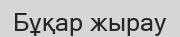
Бұқар жырау